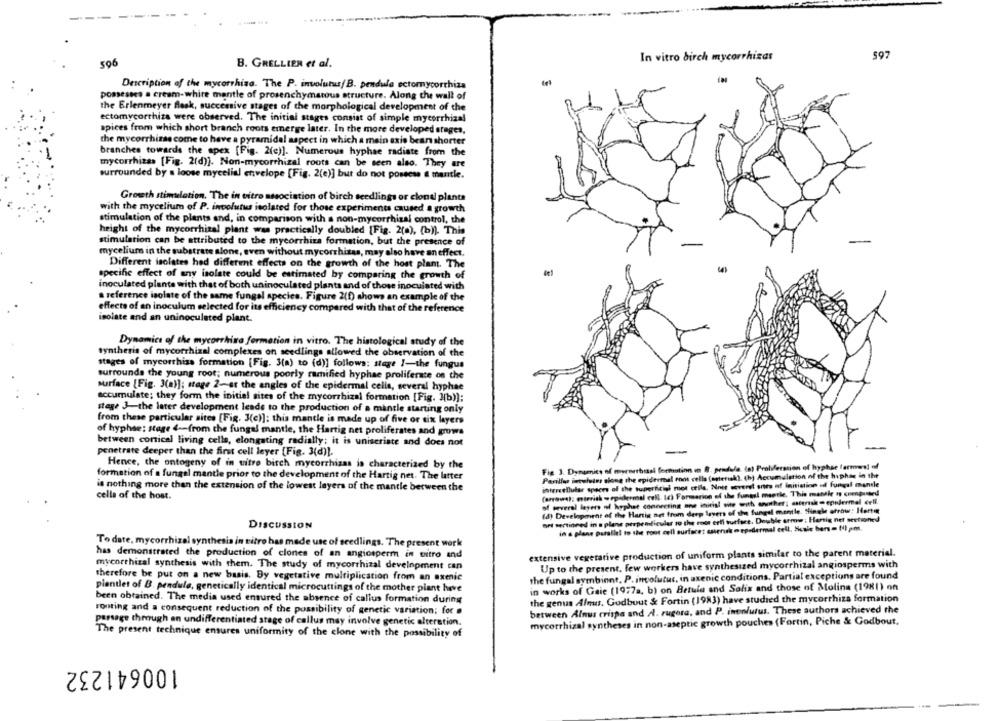
In vitro birch mycorrhizas
597
506
B. GRELLIER et al.
Description of the mycorrhiza. The P. involutus/ B. pendule ectormycorrhiza
possesses a cream-white mantle of prosenchymatous structure. Along the wall of
the Erlenmeyer flask, successive stages of the morphological development of the
ectomycorrhiza were observed. The initial stages consist of simple mycorrhizal
spices from which short branch roots emerge later. In the more developed stages,
the mycorrhine come to have a pyramidal aspect in which a main axio bean shorter
branches towards the apex [Fig. 2(e)]. Numerous hyphae radiate from the
mycorrhizas [Fig. 2(d)]. Non-mycorrhizal roots can be seen also. They are
surrounded by a loose mycelial envelope [Fig. 2(e)] but do not possess & mantle.
Growth stimulation. The in vitro association of birch seedlings or clona plants
with the mycelium of P. involutus isolated for those experiments caused a growth
stimulation of the plants and, in comparison with a non-mycorrhizal control, the
height of the mycorrhizal plant was practically doubled [Fig. 2(0), (b)). This
stimulation can be attributed to the mycorrhiza formation, but the presence of
mycelium in the substrate alone, even without mycorrhitas, may also have an effect.
Different isolates hed different effects on the growth of the host plam. The
specific effect of any isolate could be estimated by comparing the growth of
inoculated plante with that of both uninoculated plants and of those inoculated with
reference isolate of the same fungal species. Figure 2(0) shows an example of the
effects of an inoculum selected for its efficiency compared with that of the reference
isolate and an uninoculated plant.
Dynamics of the mycorrhina formation in vitro. The histological study of the
synthesis of mycorrhizal complexes on seedlings allowed the observation of the
stages of mycorrhisa formation [Fig. 3(a) to (d)] follows: stage I-the fungus
surrounds the young root; numerous poorly ramified hyphae proliferate on the
surface (Fig. 3(a)]: stage 2-at the angles of the epidermal cella, several hyphae
accumulate; they form the initial sites of the mycorrhizal formation [Fig. Mb));
stage 3-the later development leads to the production of a mantle starting only
from these particular sites [Fig. 3(e)]: this mantle is made up of five or dix layers
of hyphse: stage 4 -- from the fungal mantle, the Hartig net proliferates and grows
between cortical living cells, elongating radially; it is uniscriste and does not
penetrate deeper than the first cell leyer [Fig. 3(d)).
Hence, the ontogeny of in vitro birch mycorrhizas is characterized by the
Fig 1. Dynamics of myrnertiaal formation in B. pendula. (a) Proliferation of hyphae termas] of
formation of a fungel mantle prior to the development of the Hartig net. The latter
Perillas inteleins along the epidermal ront cells (asterisk). (h) Accumulation of the hiphar in the
intercellular spaces of the superficial mot crila, Nnet coveret antes of initiation of Fungal mantle
is nothing more than the extension of the lowest layers of the mantle between the
cella of the host.
(arrows): esterich - epidermal cell Ic) Formarion of the fumesl menthe. This mandle is compiled
of several legers ni hyphae connecting ane inicial site with anther; asterusko epidermal cell.
(d) Development of the Hartig aet from derp layers of the fungal mentle. Single arrow: Harte
ori sectioned in a plane perpendicular to the enor eril tutfare. Double arme : Harsig net sectioned
DISCUSSION
in a plane parallel to the root cell surfaces cairnsko ep-dermal cell, Scale bars = (4) pm.
To date, mycorrhizal synthesis in vitro has made use of seedlings. The present work
has demonstrated the production of clones of an angiosperm in vitro and
extensive vegetative production of uniform plants similar to the parent material.
mycorrhizal synthesis with them. The study of mycorrhizal development can
Up to the present, few workers have synthesized mycorrhizal angiosperms with
therefore be put on a new basis. By vegetative multiplication from an exmie
the fungal symbiont. P. involutur, in axenic conditions. Partial exceptions are found
pientlet of B. pendule, genetically identical microcuttings of the mother plant heve
in works of Gaie (1977a, b) on Betula and Salix and those of Molina (1981) on
been obtained. The media used ensured the absence of callus formation during
the genus Alnus. Gudbuut & Fortin (1983) have studied the mycorrhiza formation
routing and a consequent reduction of the possibility of genetic variation; for .
between Alnus crispa and A. rugora, and P. inonfutus. These authors achieved the
passage through an undifferentiated stage of callus may involve genetic alteration.
mycorrhizal syntheses in non-aseptic growth pouches {Fortin, Piche & Godbout,
The present technique ensures uniformity of the clone with the possibility of
100641232